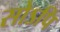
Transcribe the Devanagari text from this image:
सोऽपि